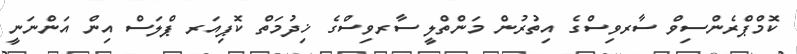
ކޮމްޕްރެންސިވް ސާރވިސްގެ އިތުރުން މަންތްލީ ސާރވިސްގެ ޚިދުމަތް ކޮޕިއަރ ޕްލަސް އިން އަންނަނީ